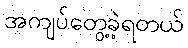
အကျပ်တွေ့ခဲ့ရတယ်